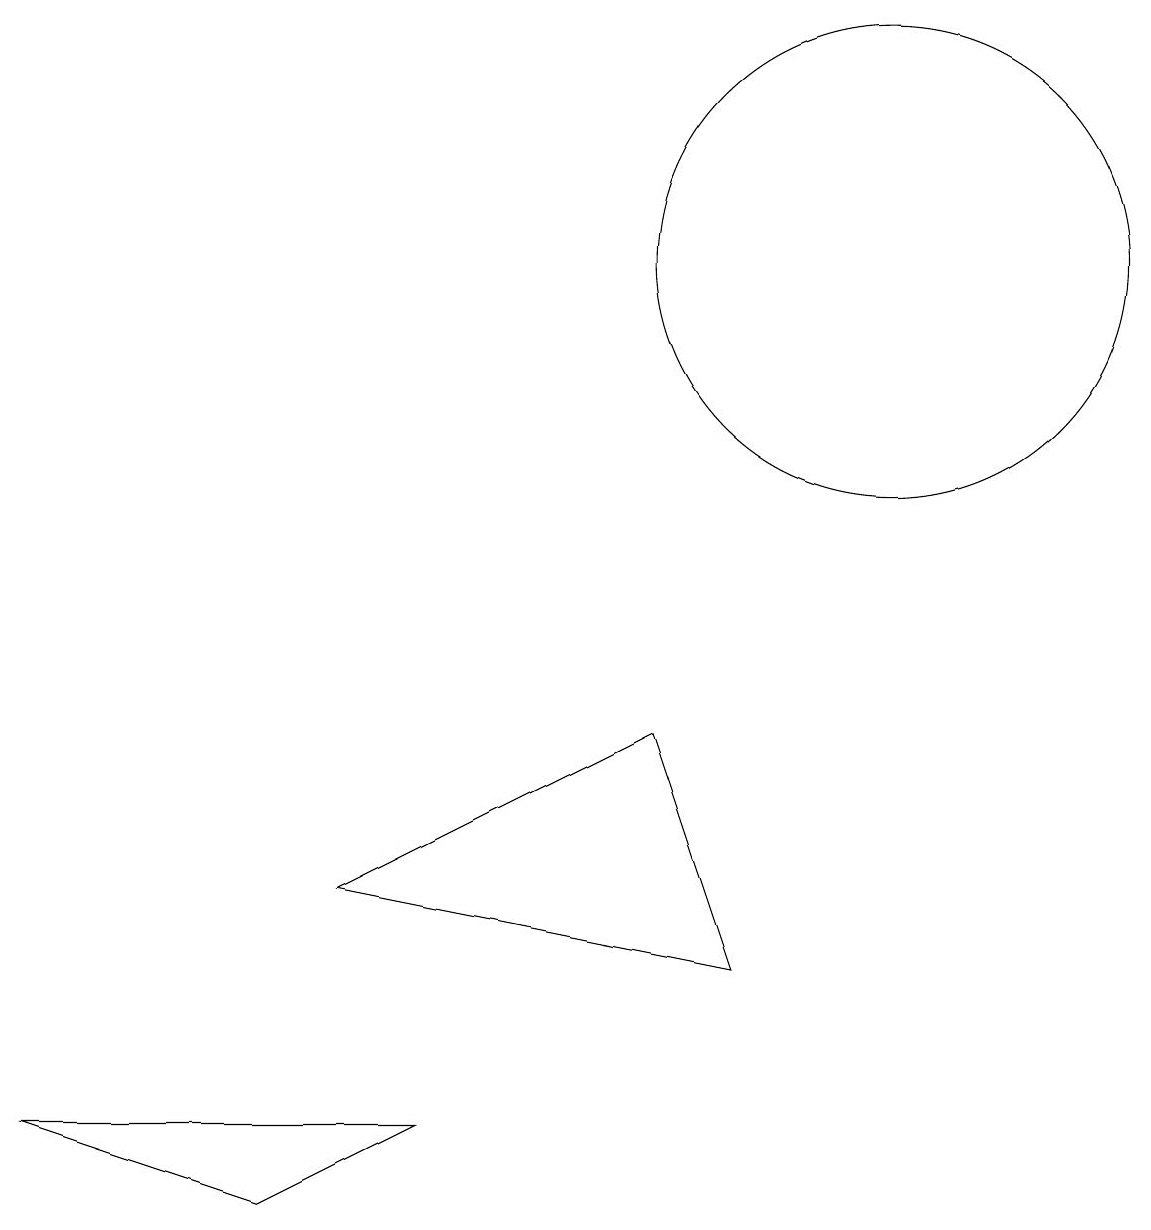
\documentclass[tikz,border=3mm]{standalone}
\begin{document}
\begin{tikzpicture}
\draw (11,12) circle (3);
\draw (9,3) -- (8,6) -- (4,4) -- cycle;
\draw (10,10) circle (0);
\draw (3,0) -- (5,1) -- (0,1) -- cycle;
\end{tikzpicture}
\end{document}